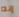
إنه